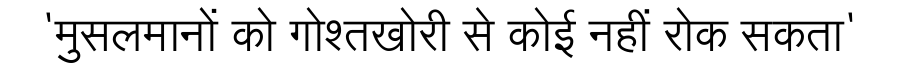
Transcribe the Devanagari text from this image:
'मुसलमानों को गोश्तखोरी से कोई नहीं रोक सकता'